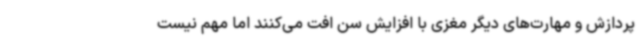
پردازش و مهارت‌های دیگر مغزی با افزایش سن افت می‌کنند اما مهم نیست